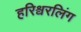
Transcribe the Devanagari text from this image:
हरिश्वरलिंग